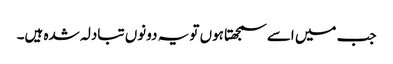
جب میں اسے سمجھتا ہوں تو یہ دونوں تبادلہ شدہ ہیں۔